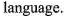
language.